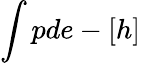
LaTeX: \int pde-[h]